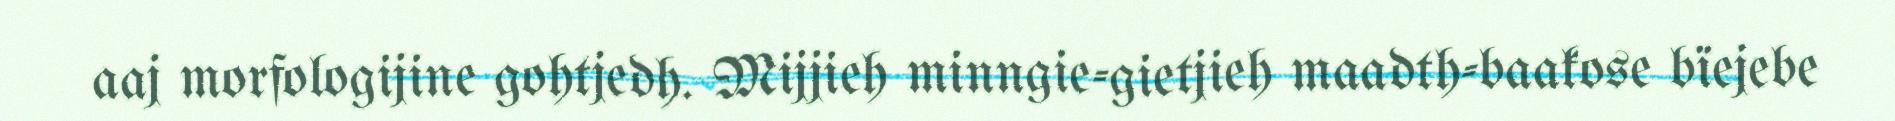
aaj morfologijine gohtjedh. Mijjieh minngie-gietjieh maadth-baakose bïejebe